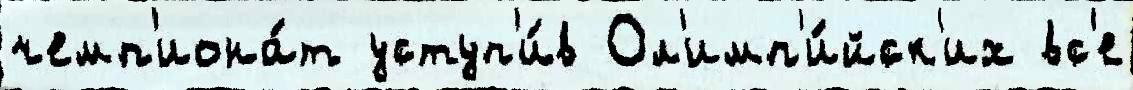
чемп'иона́т уступ'и́в Ол'имп'и́йск'их вс'е